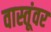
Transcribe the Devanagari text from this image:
वास्तूंवर